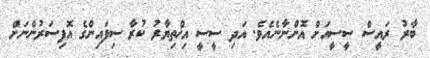
ބާރު ރައީސް ސީސީއަށް އޮންނާނެއެވެ. އަދި ސީސީ އިޚްތިޔާރު ކުރާ ސިފައިންގެ އޮފިސަރުންނަށް